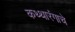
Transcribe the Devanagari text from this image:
कथ्थारंगाचे